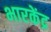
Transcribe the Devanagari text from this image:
भारकेंद्र